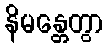
နိမန္တေတွာ